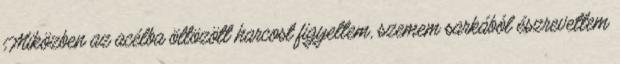
Miközben az acélba öltözött harcost figyeltem, szemem sarkából észrevettem